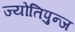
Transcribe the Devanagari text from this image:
ज्योतिपुन्ज